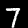
Label: 7